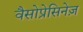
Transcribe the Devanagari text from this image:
वैसोप्रेसिनेज़